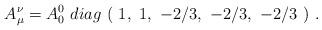
LaTeX: \begin{align*}A_\mu^\nu=A_0^0\ diag\ (\ 1,\ 1,\ -2/3,\ -2/3,\ -2/3\ ) \ .\end{align*}